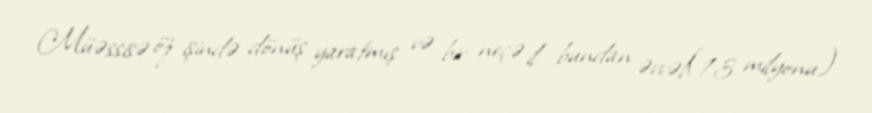
Müəssisə öz işində dönüş yaratmış və bir neçə il bundan əvvəl(13 milyonu)